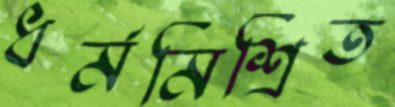
ধর্মমিশ্রিত